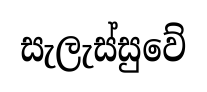
සැලැස්සුවේ